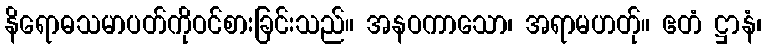
နိရောဓသမာပတ်ကိုဝင်စားခြင်းသည်။ အနဝကာသော၊ အရာမဟတ်ု။ ဧတံ ဋ္ဌာနံ၊